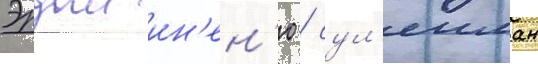
Эрдал ин'ен'ю / сул'еиман